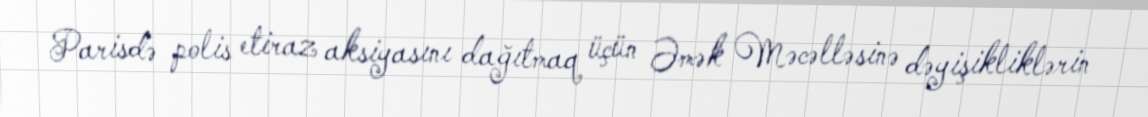
Parisdə polis etiraz aksiyasını dağıtmaq üçün Əmək Məcəlləsinə dəyişikliklərin